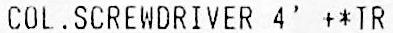
COL.SCREWDRIVER 4' +*TR